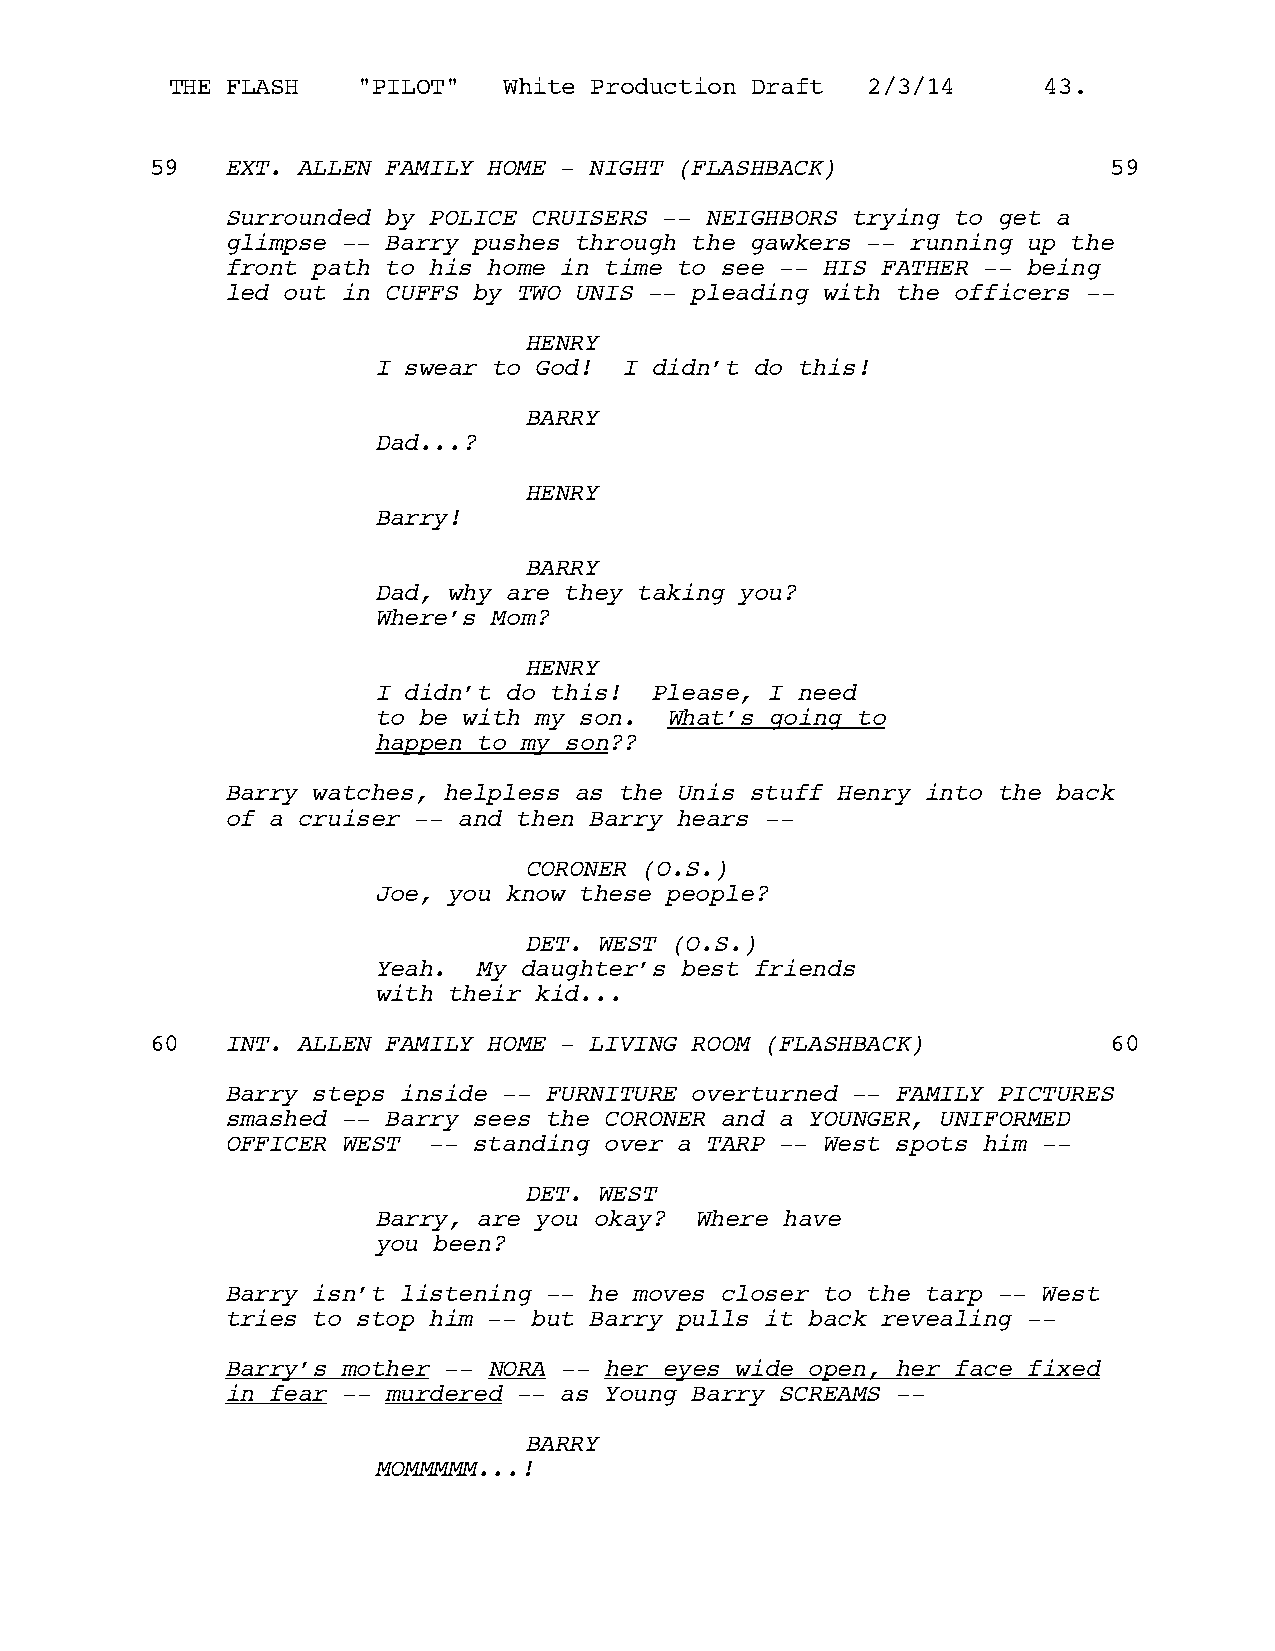
THE FLASH    "PILOT"  White Production Draft  2/3/14      43.
 59   EXT. ALLEN FAMILY HOME - NIGHT (FLASHBACK)                 59
 Surrounded by POLICE CRUISERS -- NEIGHBORS trying to get a
 glimpse -- Barry pushes through the gawkers -- running up the
 front path to his home in time to see -- HIS FATHER -- being
 led out in CUFFS by TWO UNIS -- pleading with the officers --
 HENRY
 I swear to God! I didn’t do this!
 BARRY
 Dad...?
 HENRY
 Barry!
 BARRY
 Dad, why are they taking you?
 Where’s Mom?
 HENRY
 I didn’t do this! Please, I need
 to be with my son. What’s going to
 happen to my son??
 Barry watches, helpless as the Unis stuff Henry into the back
 of a cruiser -- and then Barry hears --
 CORONER (O.S.)
 Joe, you know these people?
 DET. WEST (O.S.)
 Yeah.  My daughter’s best friends
 with their kid...
 60   INT. ALLEN FAMILY HOME - LIVING ROOM (FLASHBACK)           60
 Barry steps inside -- FURNITURE overturned -- FAMILY PICTURES
 smashed -- Barry sees the CORONER and a YOUNGER, UNIFORMED
 OFFICER WEST -- standing over a TARP -- West spots him --
 DET. WEST
 Barry, are you okay? Where have
 you been?
 Barry isn’t listening -- he moves closer to the tarp -- West
 tries to stop him -- but Barry pulls it back revealing --
 Barry’s mother -- NORA -- her eyes wide open, her face fixed
 in fear -- murdered -- as Young Barry SCREAMS --
 BARRY
 MOMMMMM...!